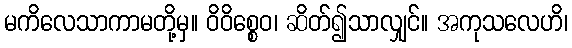
မကိလေသာကာမတို့မှ။ ဝိဝိစ္စေဝ၊ ဆိတ်၍သာလျှင်။ အကုသလေဟိ၊